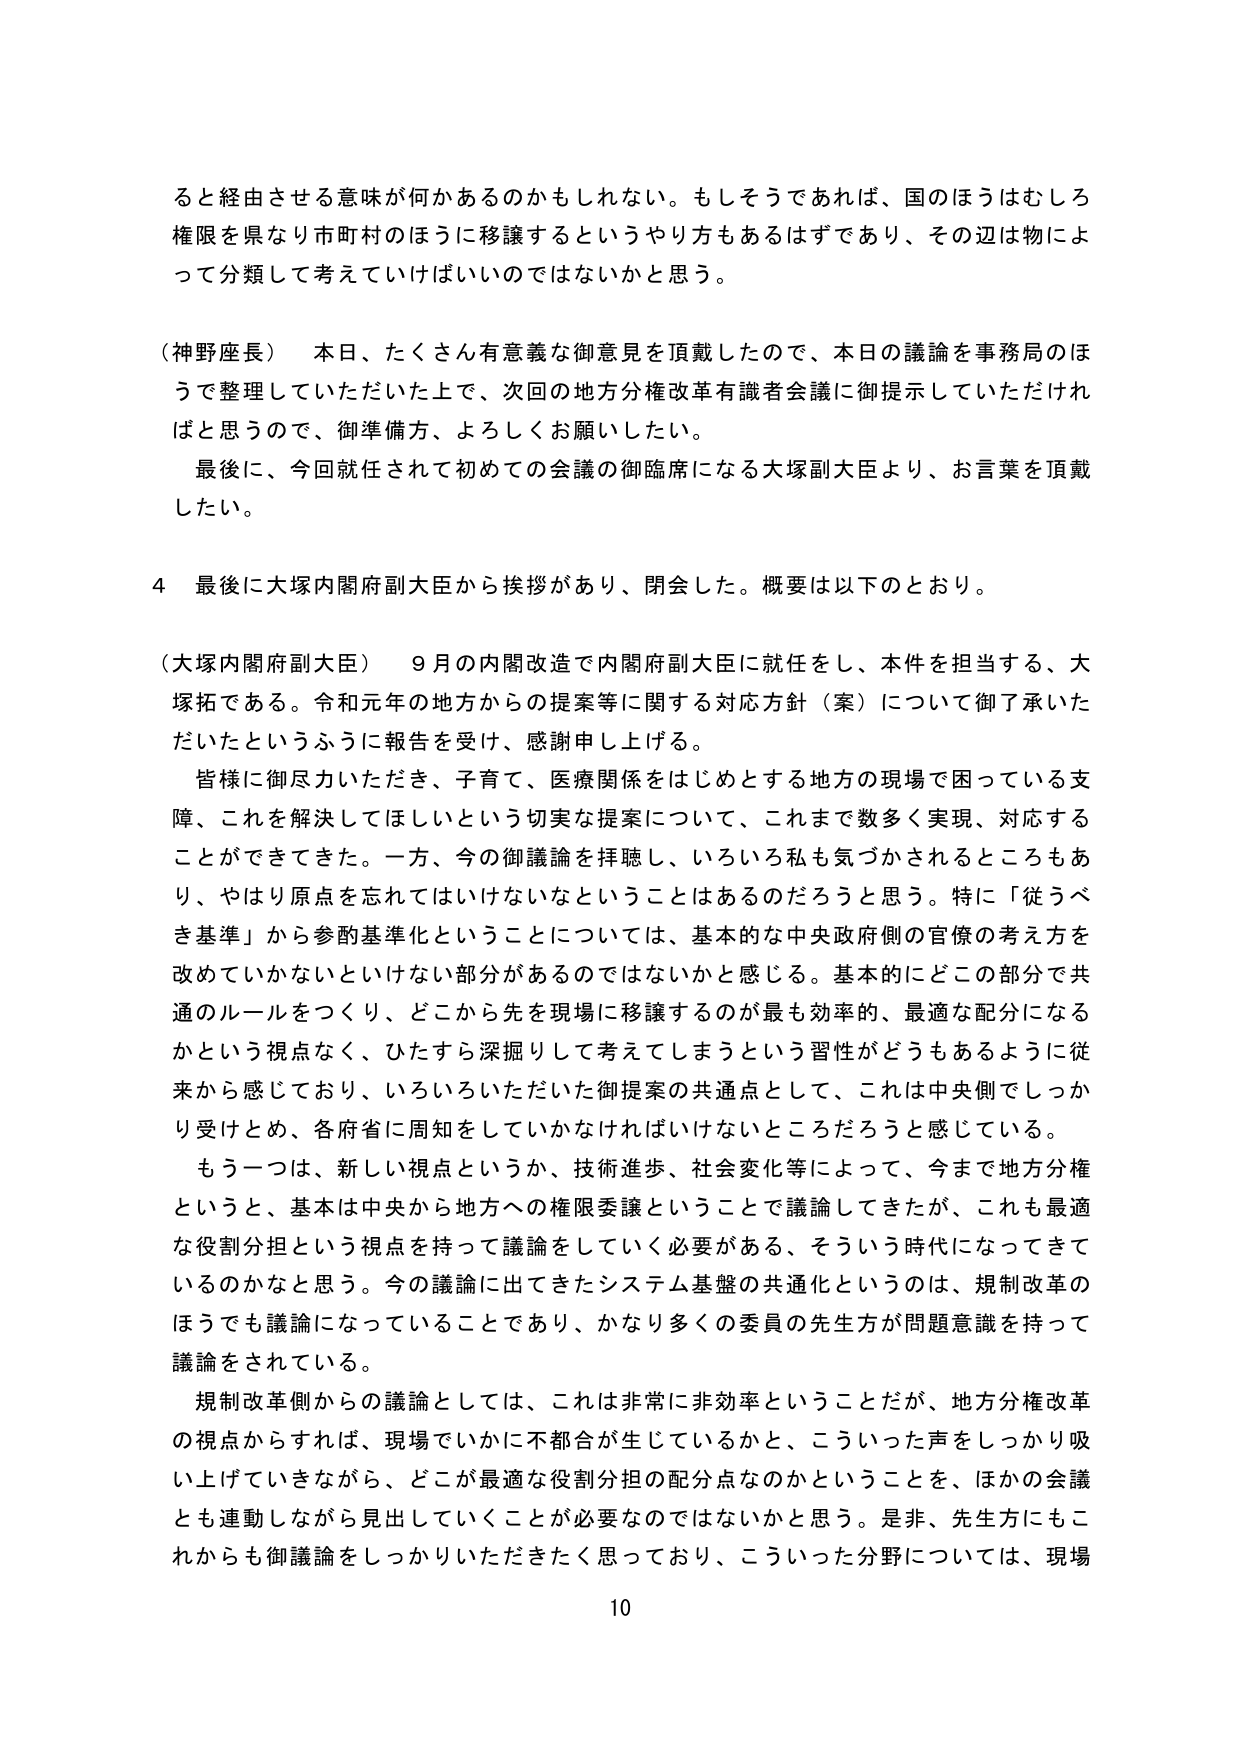
ると経由させる意味が何かあるのかもしれない。もしそうであれば、国のほうはむしろ権限を県なり市町村のほうに移譲するというやり方もあるはずであり、その辺は物によって分類して考えていけばいいのではないかと思う。

（神野座長）　本日、たくさん有意義な御意見を頂戴したので、本日の議論を事務局のほうで整理していただいた上で、次回の地方分権改革有識者会議に御提示していただければと思うので、御準備方、よろしくお願いしたい。

　最後に、今回就任されて初めての会議の御臨席になる大塚副大臣より、お言葉を頂戴したい。

４　最後に大塚内閣府副大臣から挨拶があり、閉会した。概要は以下のとおり。

（大塚内閣府副大臣）　９月の内閣改造で内閣府副大臣に就任をし、本件を担当する、大塚拓である。令和元年の地方からの提案等に関する対応方針（案）について御了承いただいたというふうに報告を受け、感謝申し上げる。

　皆様に御尽力いただき、子育て、医療関係をはじめとする地方の現場で困っている支障、これを解決してほしいという切実な提案について、これまで数多く実現、対応することができてきた。一方、今の御議論を拝聴し、いろいろ私も気づかされるところもあり、やはり原点を忘れてはいけないなということはあるのだろうと思う。特に「従うべき基準」から参酌基準化ということについては、基本的な中央政府側の官僚の考え方を改めていかないといけない部分があるのではないかと感じる。基本的にどここの部分で共通のルールをつくり、どこから先を現場に移譲するのが最も効率的、最適な配分になるかという視点なく、ひたすら深掘りして考えてしまうという習性がどうもあるように従来から感じており、いろいろいただいた御提案の共通点として、これは中央側でしっかり受けとめ、各府省に周知していかなければならないところだろうと感じている。

　もう一つは、新しい視点というか、技術進歩、社会変化等によって、今まで地方分権というと、基本は中央から地方への権限委譲ということで議論してきたが、これも最適な役割分担という視点を持って議論をしていく必要がある、そういう時代になってきているのかなと思う。今の議論に出てきたシステム基盤の共通化というのは、規制改革のほうでも議論になっていることであり、かなり多くの委員の先生方が問題意識を持って議論をされている。

　規制改革側からの議論としては、これは非常に非効率ということだが、地方分権改革の視点からすれば、現場でいかに不都合が生じているかと、こういった声をしっかり吸い上げていきながら、どこが最適な役割分担の配分点なのかということを、ほかの会議とも連動しながら見出していくことが必要なのではないかと思う。是非、先生方にもこれからも御議論をしっかりいただきたく思っており、こういった分野については、現場

10